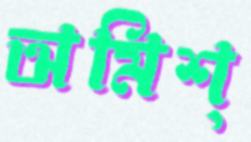
অমিশ্